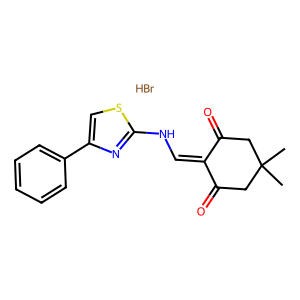
SMILES: Br.CC1(C)CC(=O)C(=CNc2nc(-c3ccccc3)cs2)C(=O)C1
Inhibits HIV replication: No